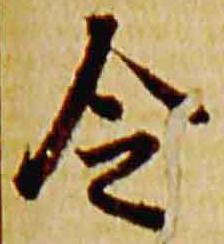
令